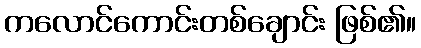
ကလောင်ကောင်းတစ်ချောင်း ဖြစ်၏။